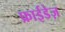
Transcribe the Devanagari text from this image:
फ्राईडेज़